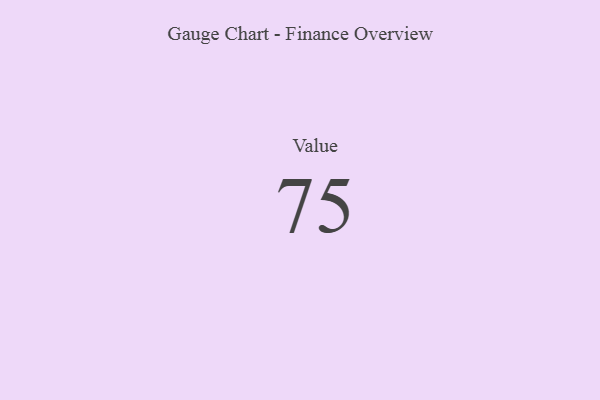
{"axis": {"x": "Metric", "y": "Value"}, "legend": [""], "data": [{"x": "Value", "y": 75, "type": ""}]}